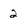
Character: 2